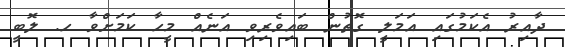
ދާއިރު އެކަމުގައި އަމަލީ ގޮތުން ބައިވެރިވި އަނެއް މީހާ ކަމަށްވާ ހ. ލޮބީ